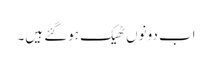
اب دونوں ٹھیک ہوگئے ہیں۔